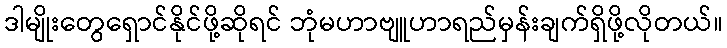
ဒါမျိုးတွေရှောင်နိုင်ဖို့ဆိုရင် ဘုံမဟာဗျူဟာရည်မှန်းချက်ရှိဖို့လိုတယ်။